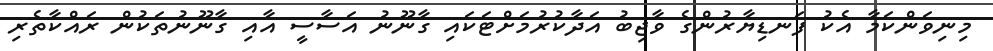
މިނިވަންކަމާ އެކު ފަނޑިޔާރުންގެ ވާޖިބު އަދާކުރުމަށްޓަކައި ގާނޫނު އަސާސީ އާއި ގާނޫނުތަކުން ރައްކާތެރި